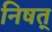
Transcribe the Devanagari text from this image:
निषत्